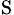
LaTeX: _\mathrm{S}